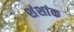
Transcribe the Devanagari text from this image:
शंशांक